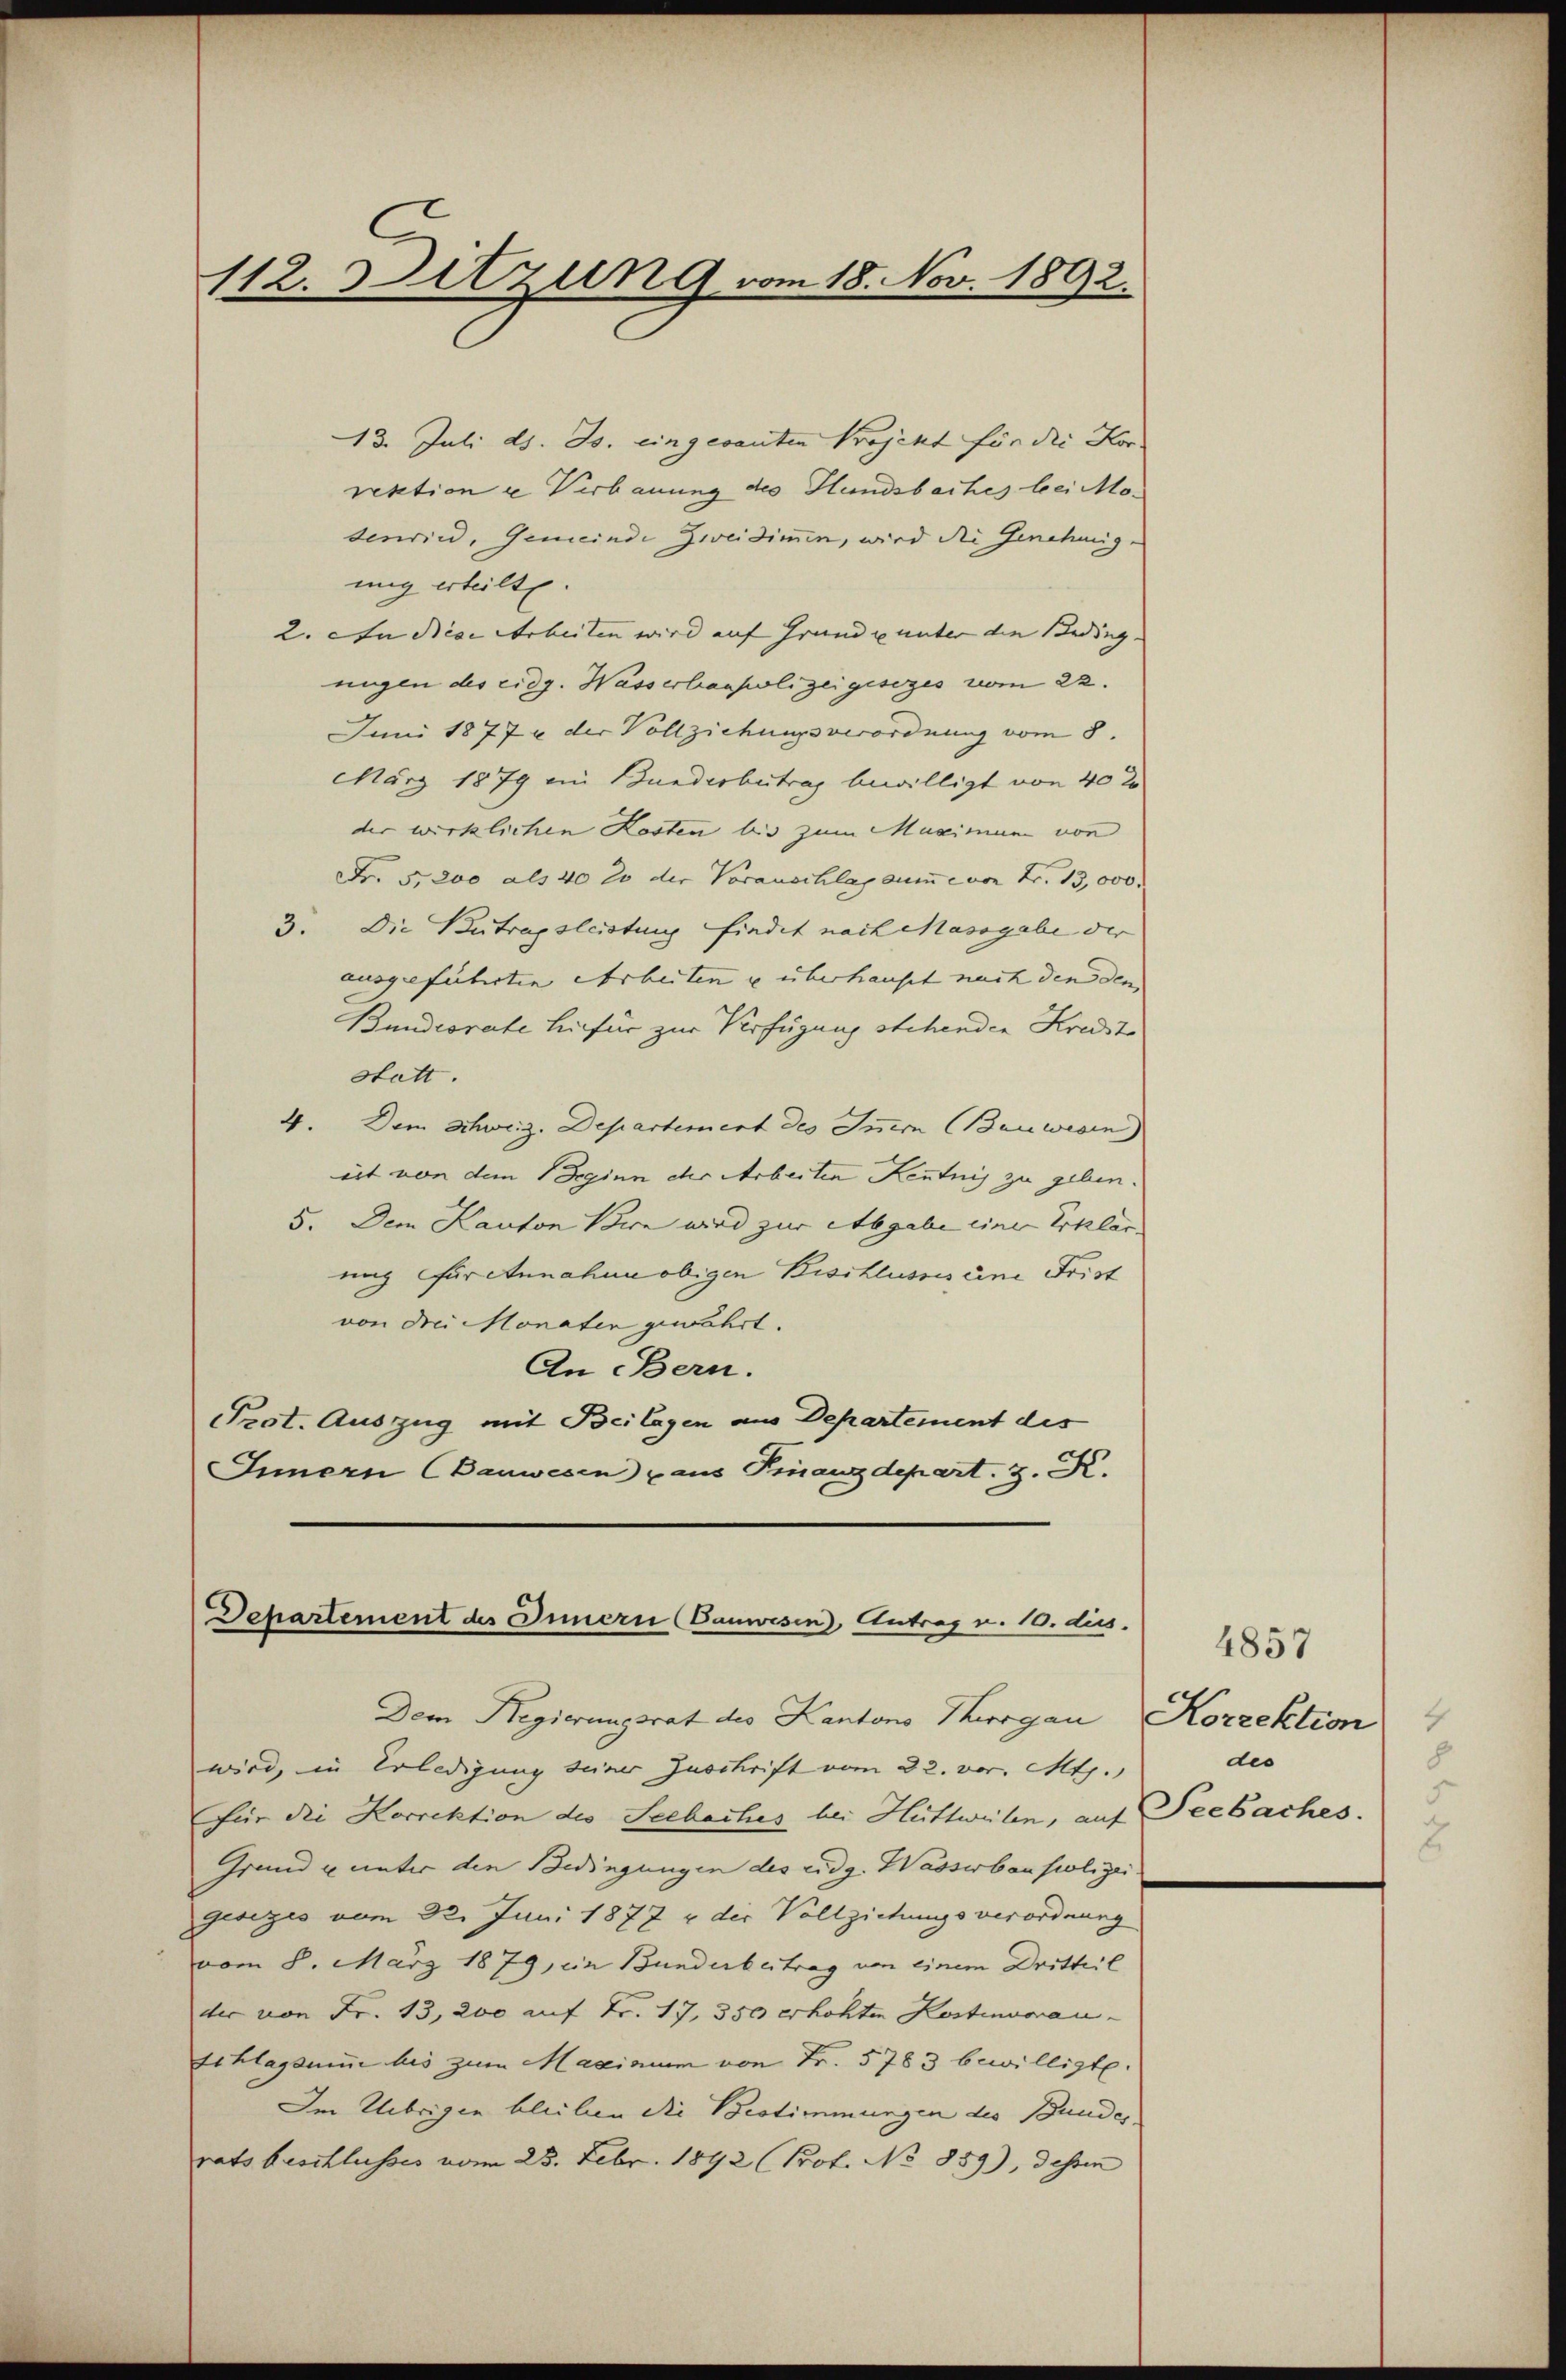
112.
Sitzung vom 18. Nov. 1892.

13. Juli d. Js. eingesanten Projekt für die Horrektion e Verbauung des Hundsbaches bei Mo-
denrind, Gemeinde Zweidimen, wird die Genehmig-
mig erteilt.
2. In diese Arbeiten wird auf Grund u unter die Beding.
nugen des eidg. Wasserbaupolizeigesezes vom 22.
Juni 1877 der Vollziehungsverordnung vom 8.
März 1879 ein Bunderbetrag bewilligt von 40 l
der wirklichen Kosten bis zum Maximum von
Fr. 5. 200 als 40 20 der Vorauschlag zum von Fr. 13,000.
3. Die Betragsleistung findet nach Massgabe der
ausgeführten Arbeiten u überhaupt nach den den
Bundesrate hiefür zur Verfügung stehenden Kreist
statt.
4. Dem Schweiz. Departement des Innern Bauwesen)
eit von dem Beginn ihr Arbeiten Kenntnis zu geben.
5. Dem Kanton Bern wird zur Abgabe einer Erklär
ung für Annahme obigen Beschlussseine Frist
von drei Monaten gewährt.
An Bern.
Prot. Auszug mit Beilagen aus Departement des
Innern (Bauwesen aus Finanzdepart. 3. K.

Departement des Innern (Bauwesen), Antrag v. 10. dies

Dem Regierungsrat des Kantons Thurgau Korrektion
wird, in Erledigung seiner Zuschrift vom 22. vor. Mts.
Für die Korrektion des Seebaches bei Hüttweilen, auf Seebaches.
Grund u unter den Bedingungen des eidg. Wasserbaupolizei.
gesezes vom 22. Juni 1877 u der Vollziehungsverordnung
vom 8. März 1879, im Bunderbertrag von einem Dritteil
der von Fr. 13, 200 auf Fr. 17, 350 erhöhten Kostinuoan-
Schlagsume bis zum Maximum von Fr. 5783 bewilligt.
Im Übrigen bleiben die Bestimmungen des Bunde,
rats beschlusses vom 23. Febr. 1892 (Prof. No 859), dessen

4857
8
des
2